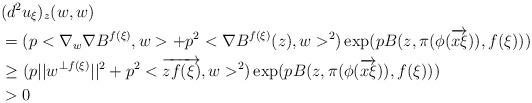
LaTeX: \begin{align*}& (d^2 u_{\xi})_z(w,w) \\& = (p < \nabla_w \nabla B^{f(\xi)}, w > + p^2 < \nabla B^{f(\xi)}(z), w >^2) \exp(pB(z, \pi(\phi(\overrightarrow{x\xi})), f(\xi))) \\ & \geq (p ||w^{\bot f(\xi)}||^2 + p^2 < \overrightarrow{z f(\xi)}, w >^2) \exp(pB(z, \pi(\phi(\overrightarrow{x\xi})), f(\xi))) \\ & > 0 \\\end{align*}